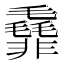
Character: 𱁯